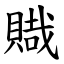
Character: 賳